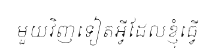
មួយវិញទៀតអ្វីដែលខ្ញុំធ្វើ